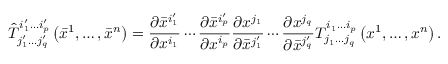
{ \hat { T } } _ { j _ { 1 } ^ { \prime } \dots j _ { q } ^ { \prime } } ^ { i _ { 1 } ^ { \prime } \dots i _ { p } ^ { \prime } } \left( { \bar { x } } ^ { 1 } , \ldots , { \bar { x } } ^ { n } \right) = { \frac { \partial { \bar { x } } ^ { i _ { 1 } ^ { \prime } } } { \partial x ^ { i _ { 1 } } } } \cdots { \frac { \partial { \bar { x } } ^ { i _ { p } ^ { \prime } } } { \partial x ^ { i _ { p } } } } { \frac { \partial x ^ { j _ { 1 } } } { \partial { \bar { x } } ^ { j _ { 1 } ^ { \prime } } } } \cdots { \frac { \partial x ^ { j _ { q } } } { \partial { \bar { x } } ^ { j _ { q } ^ { \prime } } } } T _ { j _ { 1 } \dots j _ { q } } ^ { i _ { 1 } \dots i _ { p } } \left( x ^ { 1 } , \ldots , x ^ { n } \right) .